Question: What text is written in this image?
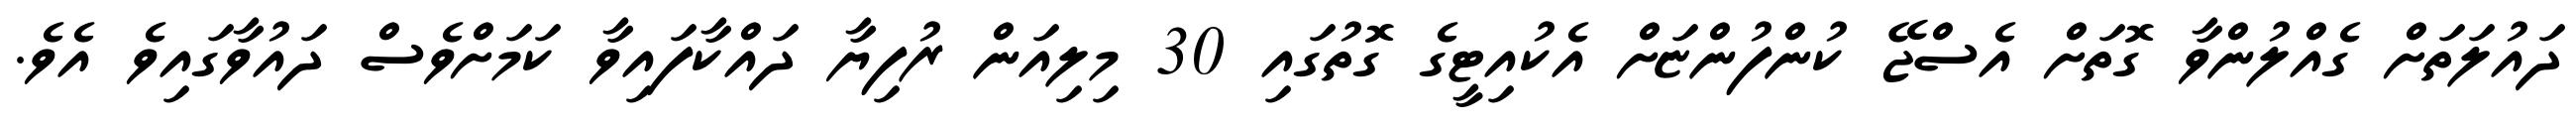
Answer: ދައުލަތަށް ގެއްލުންވާ ގޮތަށް އެސްޖޭ ކުންފުންޏަށް އެކުއިޓީގެ ގޮތުގައި 30 މިލިއަން ރުފިޔާ ދައްކާފައިވާ ކަމަށްވެސް ދައުވާގައިވެ އެވެ.